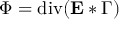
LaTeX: \Phi = \operatorname { d i v } ( \mathbf { E } * \Gamma )